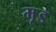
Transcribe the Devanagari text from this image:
मृड